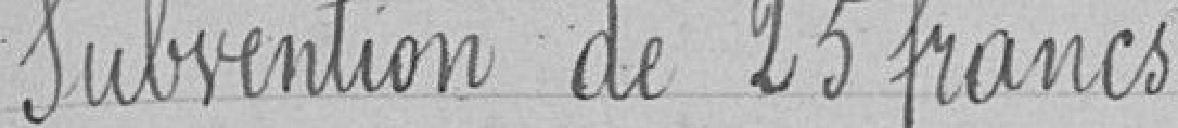
subvention de 25 francs